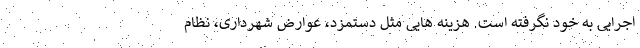
اجرایی به خود نگرفته است. هزینه هایی مثل دستمزد، عوارض شهرداری، نظام